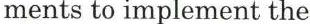
ments to implement the